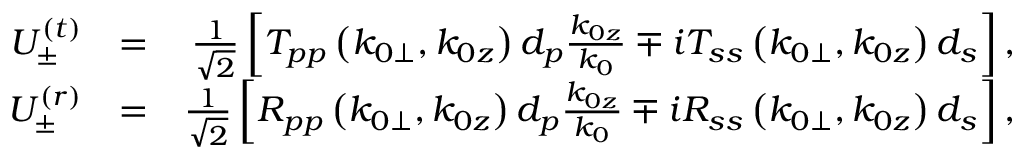
\begin{array} { r l r } { U _ { \pm } ^ { ( t ) } } & { = } & { \frac { 1 } { \sqrt { 2 } } \left[ T _ { p p } \left( k _ { 0 \perp } , k _ { 0 z } \right) d _ { p } \frac { k _ { 0 z } } { k _ { 0 } } \mp i T _ { s s } \left( k _ { 0 \perp } , k _ { 0 z } \right) d _ { s } \right] , } \\ { U _ { \pm } ^ { ( r ) } } & { = } & { \frac { 1 } { \sqrt { 2 } } \left[ R _ { p p } \left( k _ { 0 \perp } , k _ { 0 z } \right) d _ { p } \frac { k _ { 0 z } } { k _ { 0 } } \mp i R _ { s s } \left( k _ { 0 \perp } , k _ { 0 z } \right) d _ { s } \right] , } \end{array}